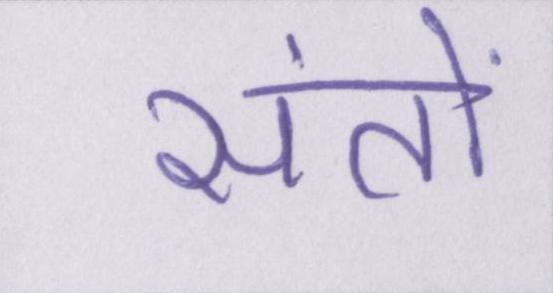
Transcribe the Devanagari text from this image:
संतों